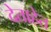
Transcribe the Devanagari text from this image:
देताहेत